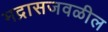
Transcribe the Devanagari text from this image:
मद्रासजवळील